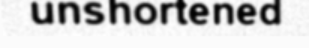
unshortened